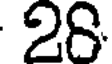
28